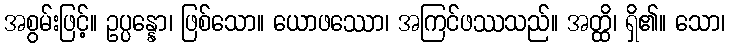
အစွမ်းဖြင့်။ ဥပ္ပန္နော၊ ဖြစ်သော။ ယောဖဿော၊ အကြင်ဖဿသည်။ အတ္ထိ၊ ရှိ၏။ သော၊